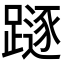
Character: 𨄃